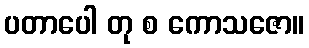
ပတာပေါ တု စ ကောသဇော။